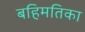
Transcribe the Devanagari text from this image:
बहिमतिका